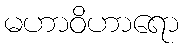
မဟာဝိဟာရော